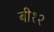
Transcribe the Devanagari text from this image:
बी१२